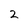
Character: 2